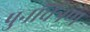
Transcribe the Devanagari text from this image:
पुनर्चित्रण